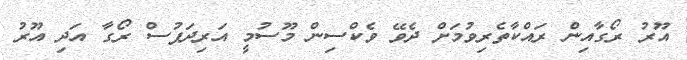
އޫރު ރޯގާއިން ރައްކާތެރިވުމަށް ދެވޭ ވެކްސިން މޫސުމީ އަރިދަފުސް ރޯގާ އަދި އޫރު